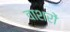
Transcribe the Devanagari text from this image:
वाशरों